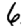
Digit: 6